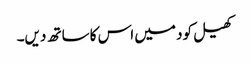
کھیل کود میں اس کا ساتھ دیں۔